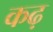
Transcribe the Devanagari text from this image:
कढ़